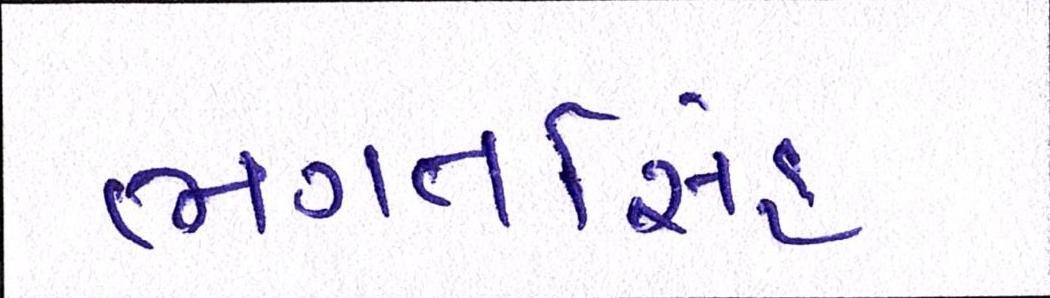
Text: ભગતસિંહ